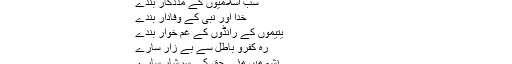
سب اسلام کے حکم بردار بندے
سب اسلامیوں کے مددگار بندے
خدا اور نبی کے وفادار بندے
یتیموں کے رانڈوں کے غم خوار بندے
رہِ کفرو باطل سے بے زار سارے
نشہ میں مئے حق کے سرشار سارے
بدر کی لڑائی کی خبریں مکہ پہنچیں تو ہر طرف کہرام مچ گیا۔